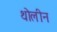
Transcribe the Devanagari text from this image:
थोलीन